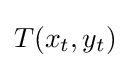
{\textstyle T(x_{t},y_{t})}